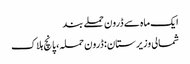
ایک ماہ سے ڈرون حملے بند
شمالی وزیرستان: ڈرون حملہ، پانچ ہلاک